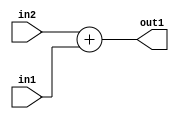
`timescale 1ps / 1ps
/*****************************************************************************
    Verilog RTL Description
    
    
    Created by: Stratus DpOpt 21.05.01 
*******************************************************************************/

module SobelFilter_Add_24Ux10U_25S_4 (
	in2,
	in1,
	out1
	); /* architecture "behavioural" */ 
input [23:0] in2;
input [9:0] in1;
output [24:0] out1;
wire [24:0] asc001;

assign asc001 = 
	+(in2)
	+(in1);

assign out1 = asc001;
endmodule

/* CADENCE  urnzSA8= : u9/ySxbfrwZIxEzHVQQV8Q== ** DO NOT EDIT THIS LINE ******/